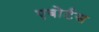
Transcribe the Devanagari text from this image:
एबोर्टस